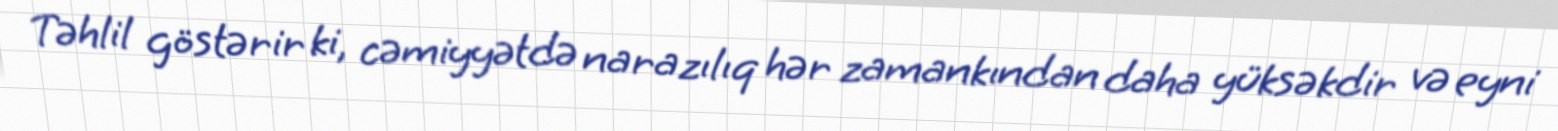
Təhlil göstərir ki, cəmiyyətdə narazılıq hər zamankından daha yüksəkdir və eyni